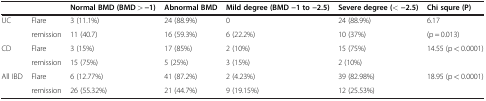
|  |  | Normal BMD (BMD > −1) | Abnormal BMD | Mild degree (BMD −1 to −2.5) | Severe degree (< −2.5) | Chi squre (P) |
 | --- | --- | --- | --- | --- | --- | --- |
 | UC | Flare | 3 (11.1%) | 24 (88.9%) | 0 | 24 (88.9%) | 6.17 |
 |  | remission | 11 (40.7) | 16 (59.3%) | 6 (22.2%) | 10 (37%) | (p = 0.013) |
 | <ROWSPAN=2> CD | Flare | 3 (15%) | 17 (85%) | 2 (10%) | 15 (75%) | <ROWSPAN=2> 14.55 (p < 0.0001) |
 | remission | 15 (75%) | 5 (25%) | 3 (15%) | 2 (10%) |
 | All IBD | Flare | 6 (12.77%) | 41 (87.2%) | 2 (4.23%) | 39 (82.98%) | 18.95 (p < 0.0001) |
 |  | remission | 26 (55.32%) | 21 (44.7%) | 9 (19.15%) | 12 (25.53%) |  |